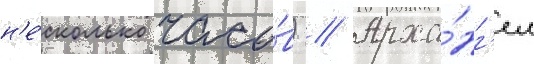
н'е́сколько часо́в) // Арха́нг'ел